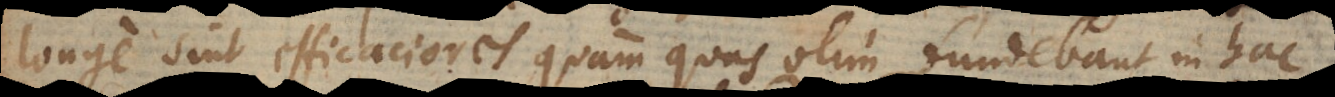
longe sint efficaciores quam quas olim fundebant in hac